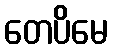
တေပိမေ